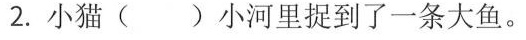
2.小猫( )小河里捉到了一条大鱼。